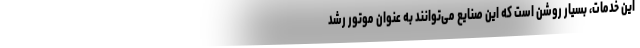
این خدمات، بسیار روشن است که این صنایع می‌توانند به عنوان موتور رشد